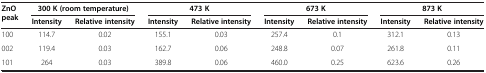
<table><thead><tr><td rowspan="2"><b>ZnO peak</b></td><td colspan="2"><b>300 K (room temperature)</b></td><td colspan="2"><b>473 K</b></td><td colspan="2"><b>673 K</b></td><td colspan="2"><b>873 K</b></td></tr><tr><td><b>Intensity</b></td><td><b>Relative intensity</b></td><td><b>Intensity</b></td><td><b>Relative intensity</b></td><td><b>Intensity</b></td><td><b>Relative intensity</b></td><td><b>Intensity</b></td><td><b>Relative intensity</b></td></tr></thead><tbody><tr><td>100</td><td>114.7</td><td>0.02</td><td>155.1</td><td>0.03</td><td>257.4</td><td>0.1</td><td>312.1</td><td>0.13</td></tr><tr><td>002</td><td>119.4</td><td>0.03</td><td>162.7</td><td>0.06</td><td>248.8</td><td>0.07</td><td>261.8</td><td>0.11</td></tr><tr><td>101</td><td>264</td><td>0.03</td><td>389.8</td><td>0.06</td><td>460.0</td><td>0.25</td><td>623.6</td><td>0.26</td></tr></tbody></table>